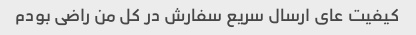
کیفیت عای ارسال سریع سفارش در کل من راضی بودم